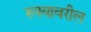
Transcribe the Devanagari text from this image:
रुपयावरील